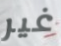
غير